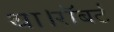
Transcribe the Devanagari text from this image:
था।रॉबर्ट